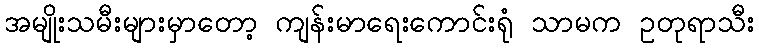
အမျိုးသမီးများမှာတော့ ကျန်းမာရေးကောင်းရုံ သာမက ဥတုရာသီး